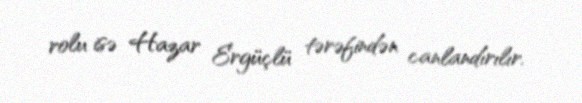
rolu isə Hazar Ergüçlü tərəfindən canlandırılır.